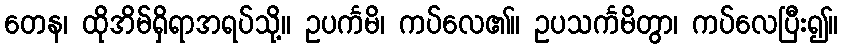
တေန၊ ထိုအိမ်ရှိရာအရပ်သို့။ ဥပင်္ကမိ၊ ကပ်လေ၏။ ဥပသင်္ကမိတွာ၊ ကပ်လေပြီး၍။